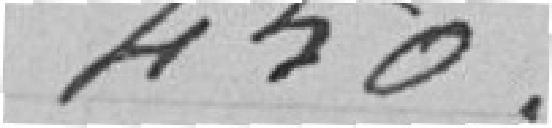
450